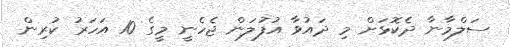
ސަލްމާނާ ދެކޮޅަށް މި ދައުވާ އުފުލަން ޖެހެނީ މީގެ 10 އަހަރު ކުރިން